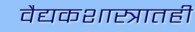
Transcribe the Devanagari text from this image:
वैद्यकशास्त्रातही